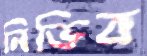
নিভিব